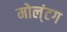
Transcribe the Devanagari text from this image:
मोल्‌ंटग